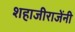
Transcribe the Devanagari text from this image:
शहाजीराजेंनी